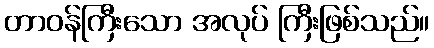
တာဝန်ကြီးသော အလုပ် ကြီးဖြစ်သည်။